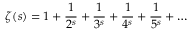
\zeta ( s ) = 1 + { \frac { 1 } { 2 ^ { s } } } + { \frac { 1 } { 3 ^ { s } } } + { \frac { 1 } { 4 ^ { s } } } + { \frac { 1 } { 5 ^ { s } } } + \ldots